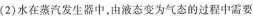
(2)水在蒸汽发生器中，由液态变为气态的过程中需要